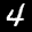
Label: 4